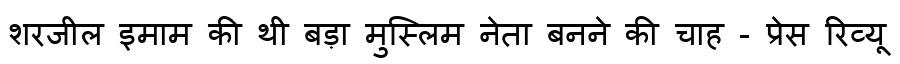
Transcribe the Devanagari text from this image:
शरजील इमाम की थी बड़ा मुस्लिम नेता बनने की चाह - प्रेस रिव्यू